Vaccination United Provinces of Agra and Oudh 1914-1922 - 1914-1922
Year: 1914
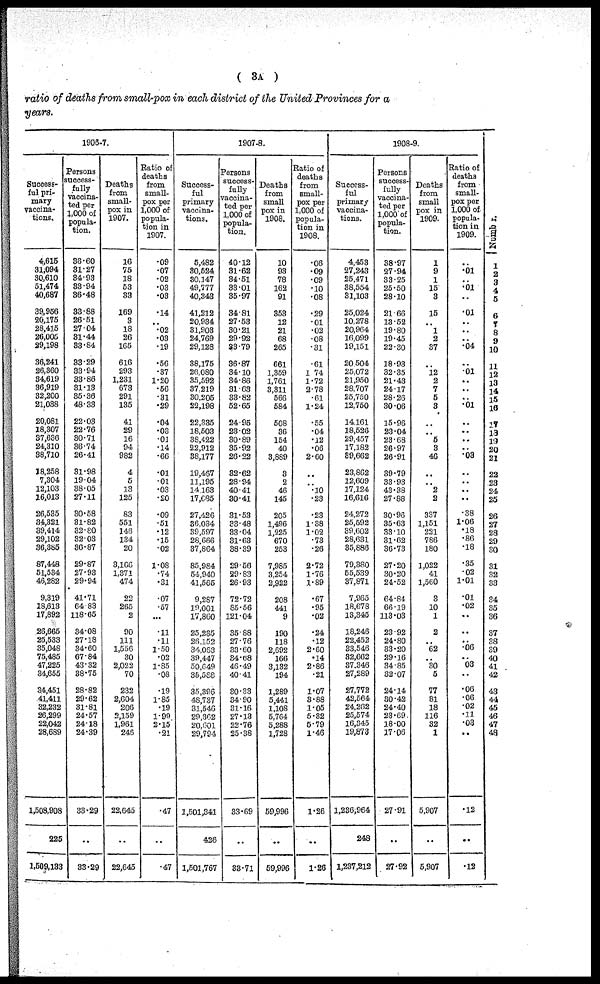
( 3A )
ratio of deaths from small-pox in each district of the United Provinces for a
years.
1906-7.
Success-
ful pri-
mary
vaccina-
tions.
4,615
31,094
30,610
51,474
40,687
39,956
20,175
28,415
26,005
29,198
36,241
26,860
34,619
36,919
32,200
21,038
20,081
18,307
37,636
24,310
38,710
18,258
7,304
12,103
16,013
26,535
34,321
39,414
29,102
36,385
87,448
51,534
46,282
9,319
18,613
17,892
26,665
25,533
35,048
75,485
47,225
34,655
34,451
41,411
32,232
26,299
22,042
28,689
1,508,908
225
1,509,133
Persons
success-
fully
vaccina-
ted per
1,000 of
popula-
tion.
36.60
31.27
34.93
33.94
36.48
33.88
26.51
27.04
31.44
33.84
33.29
33.94
33.86
31.13
35.36
48.33
22.03
22.76
30.71
36.74
26.41
31.98
19.04
38.05
27.11
30.58
31.82
32.80
32.03
36.87
29.87
27.93
29.94
41.71
64.83
118.65
34.08
27.18
34.60
67.84
43.32
38.75
28.82
29.62
31.81
24.57
24.18
24.39
33.29
..
33.29
Deaths
from
small-
pox in
1907.
16
75
18
53
33
169
3
18
26
165
616
293
1,231
673
291
135
41
29
16
94
982
4
5
13
125
83
551
146
134
20
3,166
1,371
474
22
265
2
90
111
1,556
30
2,022
70
232
2,604
206
2,159
1,961
246
22,645
..
22,645
Ratio of
deaths
from
small-
pox per
1,000 of
popula-
tion in
1907.
.09
.07
.02
.03
.03
.14
..
.02
.03
.19
.56
.37
1.20
.56
.31
.29
.04
.03
.01
.14
.66
.01
.01
.03
.20
.09
.51
.12
.15
.02
1.08
.74
.31
.07
.57
...
.11
.11
1.60
.02
1.85
.08
.19
1.85
.19
1.99
2.15
.21
.47
..
.47
1907-8.
Success-
ful
primary
vaccina-
tions.
5,482
30,524
30,147
49,777
40,343
41,212
20,934
31,903
24,769
29,128
38,175
26,080
35,592
37,219
30,205
22,198
22,335
18,503
38,422
22,912
38,177
19,467
11,195
14,163
17,685
27,426
36,084
39,597
28,666
87,864
85,984
54,940
41,565
9,287
19,001
17,860
25,235
26,152
34,063
39,447
50,649
35,588
35,396
48,737
31,546
29,362
20,601
29,794
1,501,341
426
1,501,767
Persons
success-
fully
vaccina-
ted per
1,000 of
popula-
tion.
40.12
31.62
34.51
33.01
35.97
34.81
27.53
30.21
29.92
33.79
36.87
34.10
34.86
31.63
33.82
52.65
24.95
23.02
30.89
35.92
26.22
32.62
28.94
40.41
30.41
31.53
33.48
33.04
31.63
38.39
29.56
29.83
26.93
72.72
85.56
121.04
35.88
27.76
33.60
34.68
46.49
40.41
30.33
34.90
31.16
27.13
22.76
25.38
33.69
..
33.71
Deaths
from
small
pox in
1908.
10
93
78
162
91
353
12
21
68
265
661
1,359
1,761
3,311
566
584
508
36
154
40
3,889
3
2
46
145
205
1,496
1,225
670
253
7,985
3,254
2,922
208
441
9
190
118
2,692
166
3,132
194
1,289
5,441
1,108
5,764
5,288
1,728
59,996
..
59,996
Ratio of
deaths
from
Small-
pox per
1,000 of
popula-
tion in
1908.
.06
.09
.09
.10
.08
.29
.01
.02
.08
.31
.61
1.74
1.72
2.78
.61
1.24
.55
.04
.12
.06
2.60
..
..
.10
.23
.23
1.38
1.02
.73
.26
2.72
1.76
1.89
.67
.95
.02
.24
.12
2.60
.14
2.86
.21
1.07
3.88
1.05
5.32
5.79
1.46
1.26
..
1.26
1908-9.
Success-
ful
primary
vaccina-
tions.
4,453
27,243
25,471
38,554
31,103
25,024
10,278
20,964
16,099
19,151
20,504
25,072
21,950
28,707
25,750
12,750
14,161
18,526
29,457
17,182
39,662
23,862
12,609
17,124
16,616
24,272
25,592
39,602
28,631
35,886
79,380
55,539
37,871
7,965
18,678
13,345
18,24S
22,452
33,546
32,662
37,346
27,289
27,772
42,564
24,262
25,574
16,345
19,873
1,236,964
248
1,237,212
Persons
success-
fully
vaccina-
ted per
1,000 of
popula-
tion.
38.97
27.94
33.25
25.50
28.10
21.66
13.52
19.80
19.45
22.30
18.93
32.25
21.43
24.17
28.26
30.06
15.96
23.04
23.68
26.97
26.91
39.79
33.93
48.38
27.88
30.96
35.63
33.10
31.62
36.73
27.20
30.20
24.52
64.84
66.19
113.03
23.92
24.80
33.20
29.16
34.85
32.07
24.14
30.42
24.40
23.69
18.00
17.06
27.91
..
27.92
Deaths
from
small
pox in
1909.
1
9
1
15
3
15
..
1
2
37
..
12
2
7
5
3
..
..
5
3
46
..
..
2
2
337
1,151
231
786
180
1,022
41
1,560
3
10
1
2
..
62
..
30
5
77
81
18
116
32
1
5,907
..
5,907
Ratio of
deaths
from
small-
pox per
1,000 of
popula-
tion in
1909.
..
.01
..
.01
..
.01
..
..
..
.04
..
.01
..
..
..
.01
..
..
..
..
.03
..
..
..
..
.38
1.06
.18
.86
.18
.35
.02
1.01
.01
.02
..
..
..
.06
..
03
..
.06
.06
.02
.11
.03
..
.12
..
.12
Number.
1
2
3
4
5
6
7
8
9
10
11
12
13
14
15
16
17
18
19
20
21
22
23
24
25
26
27
28
29
30
31
32
33
34
35
36
37
38
39
40
41
42
43
44
45
46
47
48